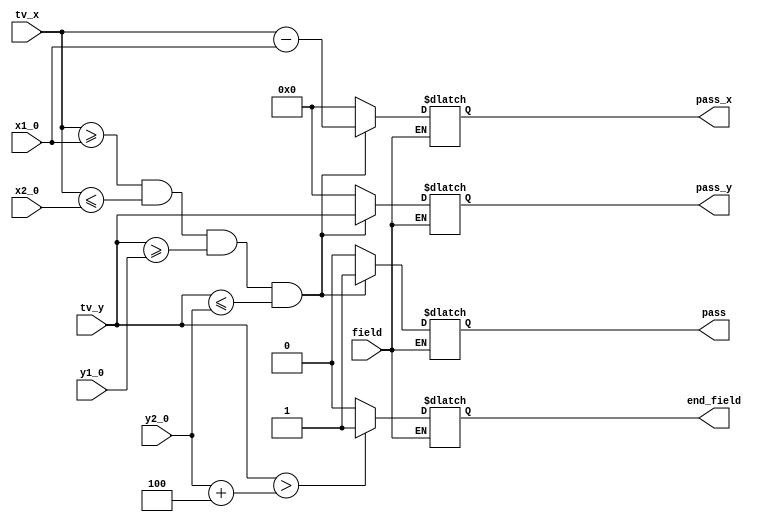
module Pass_Data(
	input wire field,
	input wire [9:0]tv_x,
	input wire [9:0]tv_y,
	
	input wire [9:0]x1_0,
	input wire [9:0]y1_0,
	input wire [9:0]x2_0,
	input wire [9:0]y2_0,		
	
	output reg pass,
	output reg [9:0]pass_x,
	output reg [9:0]pass_y,
	output reg end_field
	);


always @(tv_x,tv_y)
	begin
		if (field == 1)
		begin
			if ((tv_x >= x1_0)&&(tv_x <= x2_0)&&(tv_y >= y1_0)&&(tv_y <= y2_0))
			begin
				pass_x = tv_x - x1_0;
				pass_y = tv_y;
				pass = 1;	
			end
			else
			begin
				pass_x = 0;
				pass_y = 0;
				pass = 0;
			end
			if (tv_y > (y2_0 + 4))
				end_field = 1;
			else
				end_field = 0;
		end
	end 
endmodule